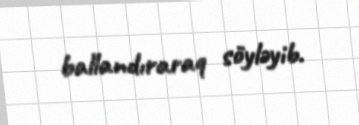
ballandıraraq söyləyib.